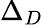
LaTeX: \Delta_{D}